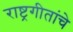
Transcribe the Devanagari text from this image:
राष्ट्रगीतांचे